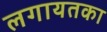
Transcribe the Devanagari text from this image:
लगायतका